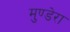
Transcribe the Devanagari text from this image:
मुण्डेरा